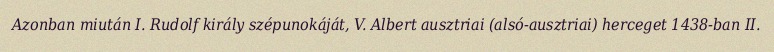
Azonban miután I. Rudolf király szépunokáját, V. Albert ausztriai (alsó-ausztriai) herceget 1438-ban II.